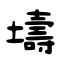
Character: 壔